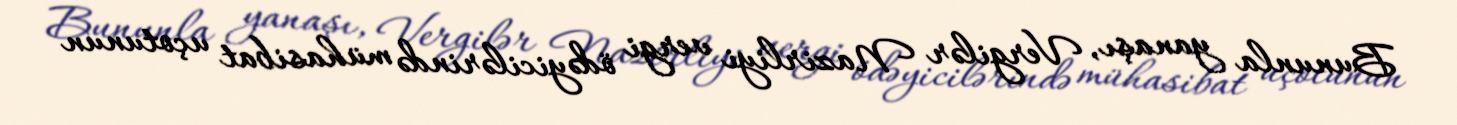
Bununla yanaşı, Vergilər Nazirliyi vergi ödəyicilərində mühasibat uçotunun